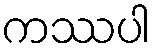
ကဿပါ